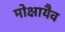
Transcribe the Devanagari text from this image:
मोक्षायैव